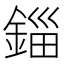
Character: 錙